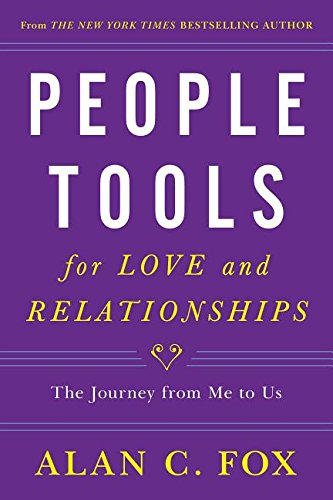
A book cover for People Tools for Love and Relationships: The Journey from Me to Us; Alan Fox; Self-Help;